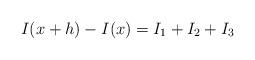
LaTeX: \begin{align*}I(x+h)-I(x) = I_1+I_2 +I_3\end{align*}